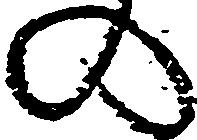
の